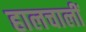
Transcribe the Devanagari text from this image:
हालचालीं